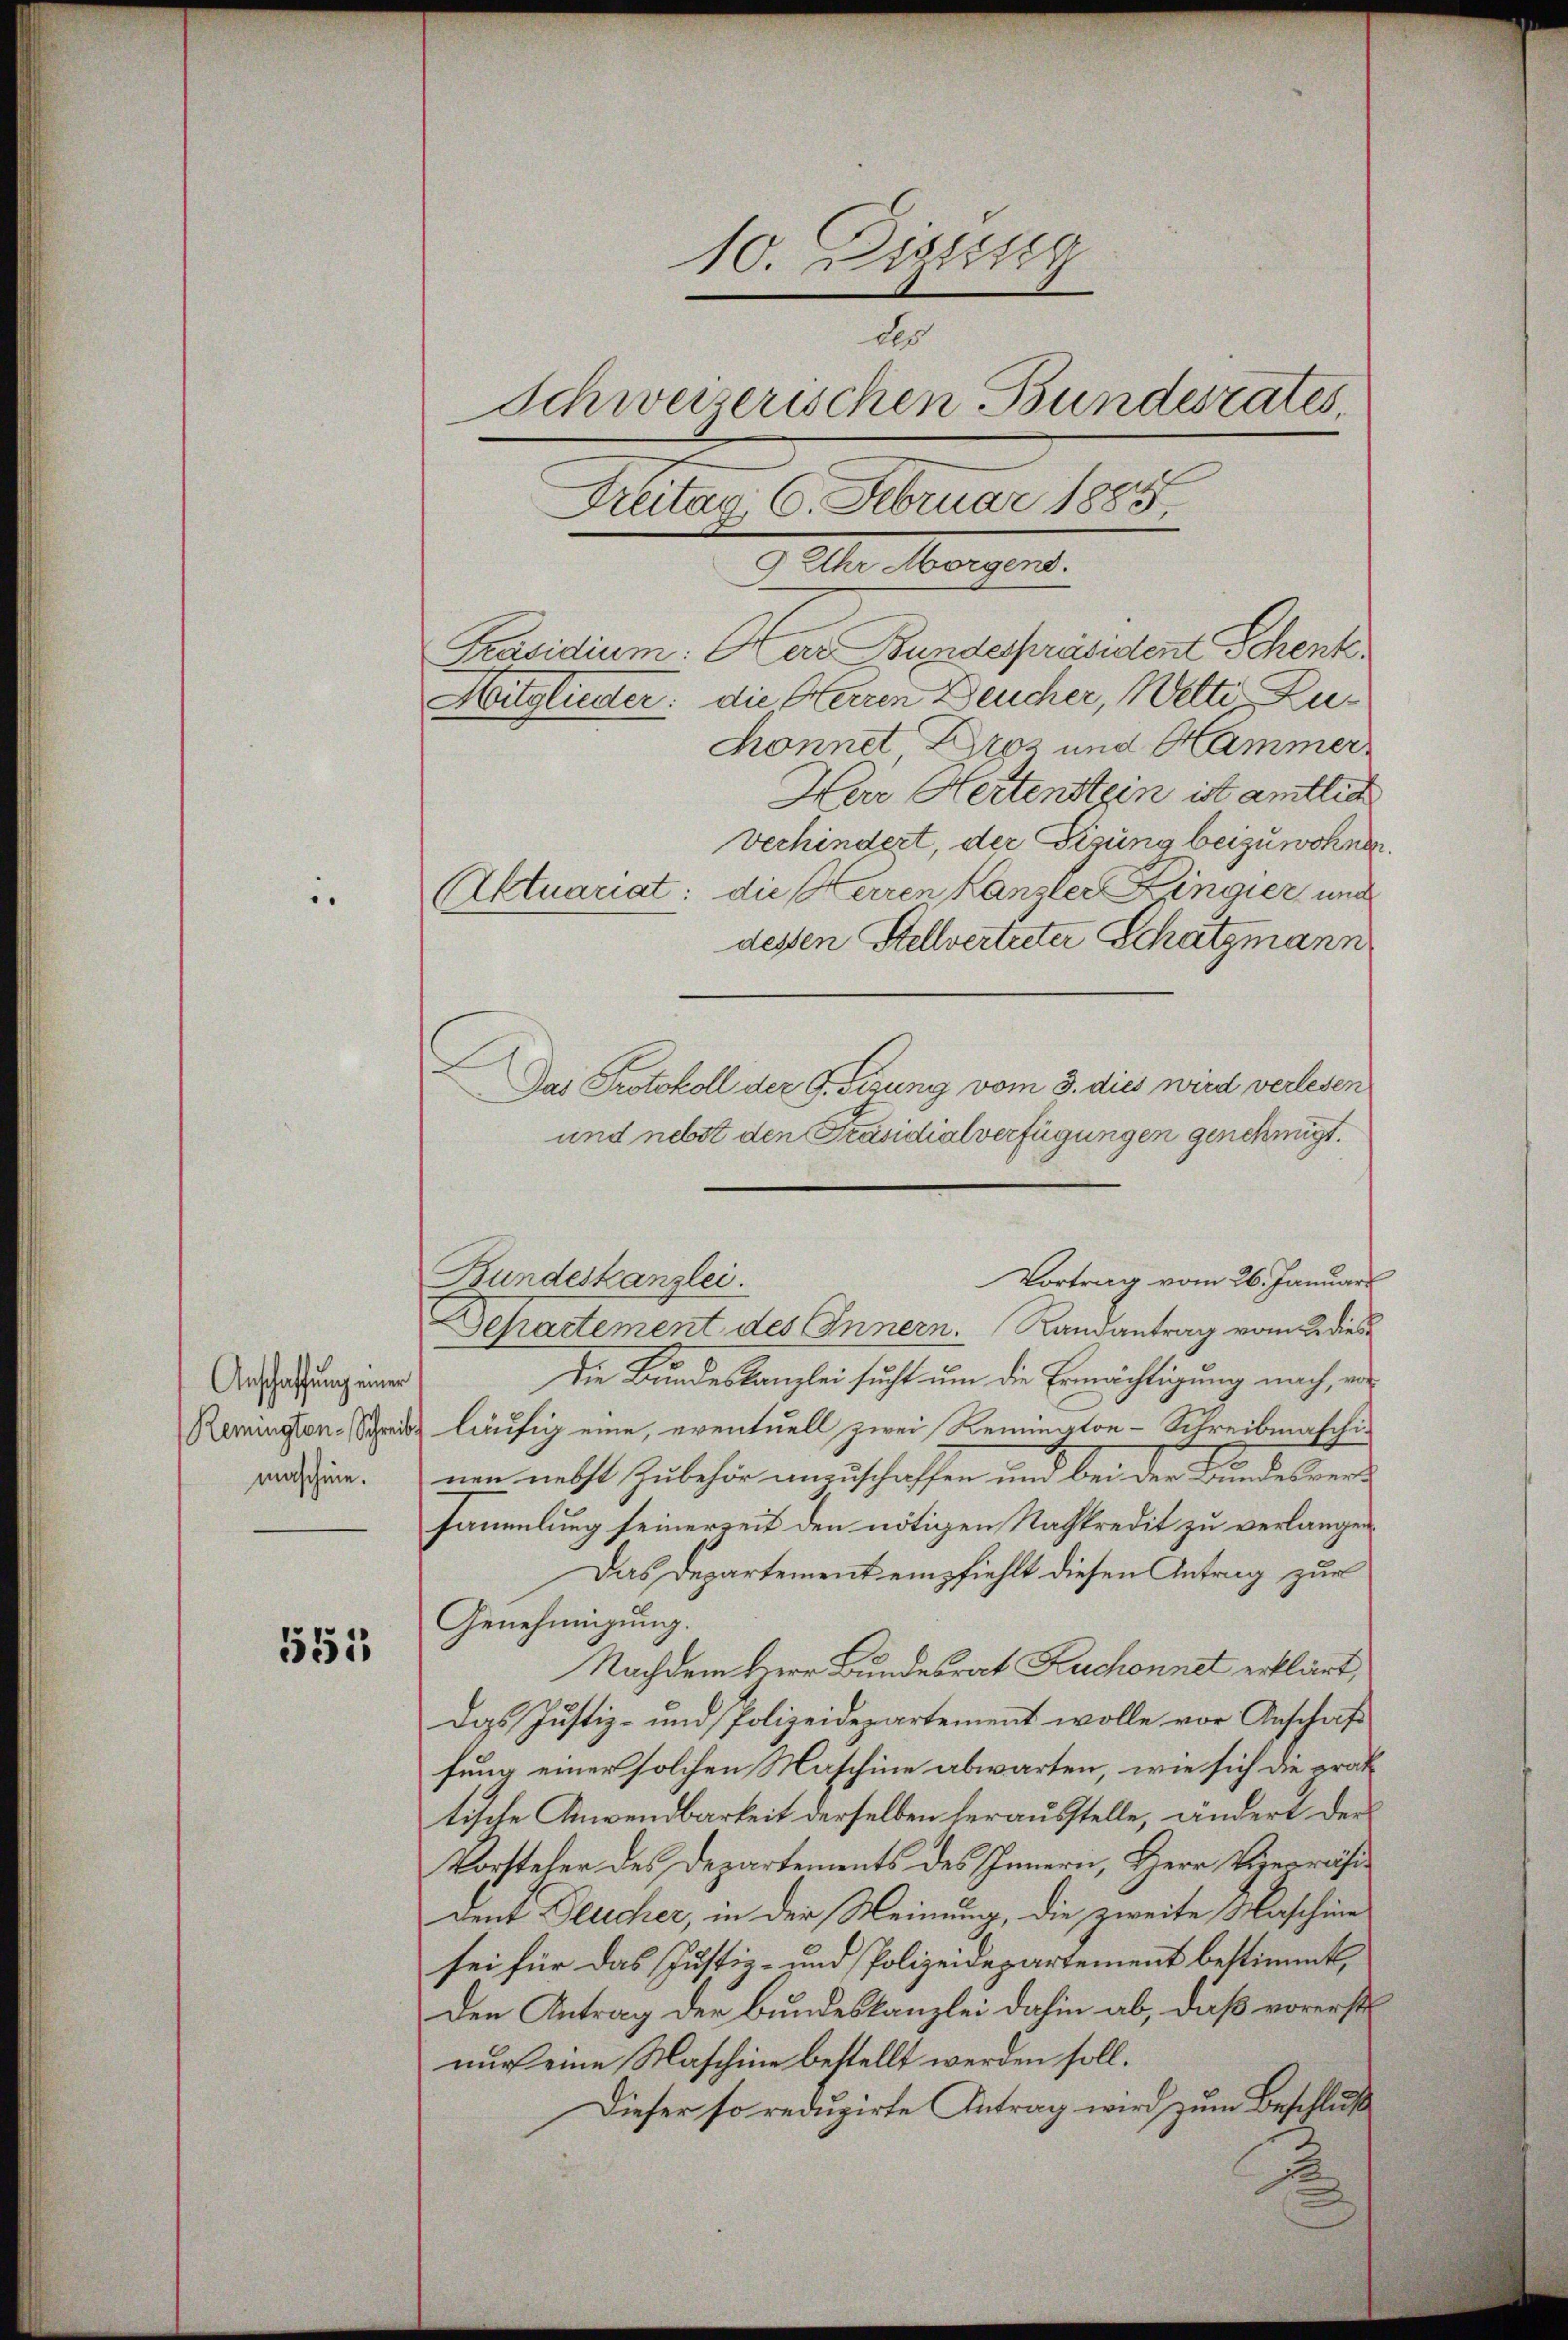
Anschaffung einer
maschine.

551

10. Dietig
des
Schweizerischen Bundesrates
Dreitag 6. Februar 1885.
I. Alle Morgend.

Präsidium: Herr Bundespräsident Schenk
Hitglieder: die Herren Deucher, Welti, Zu¬
Konnet Droz und Hammer
Herr Hertenstein ist amtlich
vechindert, der Tigung beizuwohnen.
Aktuariat: die Herren Kanzler Dingier, und
dessen Stellverteiter Schatzmann
Das Protokoll der G. Sizung vom 3. dies wird verlesen
und nebst den Präsidialverfügungen genehmigt.
Bundeskanzlei.
Vortrag vom 26. Januar
Separtement des Innern. Randantrag vom 2 dies
Die Bundeskanzlei sucht um die Ermächtigung nach, an¬
Reministen Schreit läufig eine, eventuell zwei Remington - Schreibmaschinen nebst Zubehör anzuschaffen und bei der Bundesver-
sammlung seinerzeit den nötigen Nachkredit zu verlangen
Das Departement empfiehlt diesen Antrag zur
Genehmigung.
Nachdem Herr Bundesrat Ruchonnet erklärt,
das Justiz- und Polizeidepartement wolle vor Anschaft
fung einer solchen Maschine abwarten, wie sich die oraktische Anwendbarkeit derselben herausstelle, ändert der
Vorsteher des Departements des Innern, Herr Vizepräsident Feucher, in der Meinung, die zweite Maschin
sei für das Justiz- und Polizeidepartement bestimmt,
Den Antrag der Bundeskanzlei dahin ab, daß vorerst
nur eine Maschine bestellt werden soll.
Dieser so reduzirte Antrag wird zum Beschluß
e